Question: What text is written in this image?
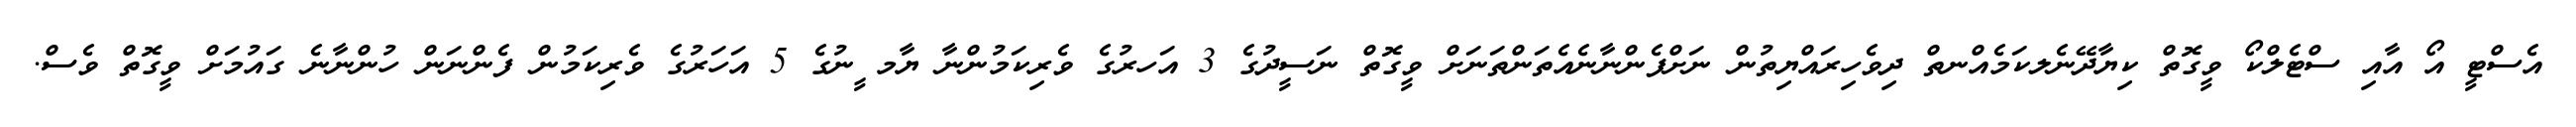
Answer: އެސްޓީ އޯ އާއި ސްޓެލްކޯ ވީގޮތް ކިޔާދޭނެލކަމެއްނތް ދިވެހިރައްޔިތުން ނަށްފެންނާނެއެތަންތަނަށް ވީގޮތް ނަސީދުގެ 3 އަހރުގެ ވެރިކަމުންނާ ޔާމ ީނުގެ 5 އަހަރުގެ ވެރިކަމުން ފެންނަން ހުންނާނެ ގައުމަށް ވީގޮތް ވެސް.